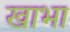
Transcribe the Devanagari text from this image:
खाभा